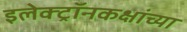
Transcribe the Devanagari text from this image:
इलेक्ट्रॉनकक्षांच्या